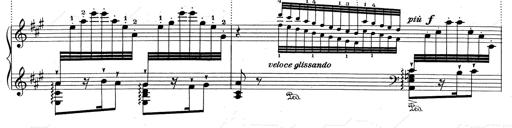
Title: RÃ©miniscences de Don Juan
Composer: Franz Liszt